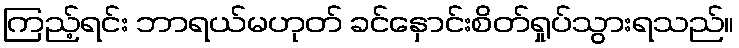
ကြည့်ရင်း ဘာရယ်မဟုတ် ခင်နှောင်းစိတ်ရှုပ်သွားရသည်။